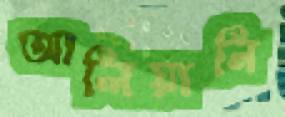
আলিয়ানি